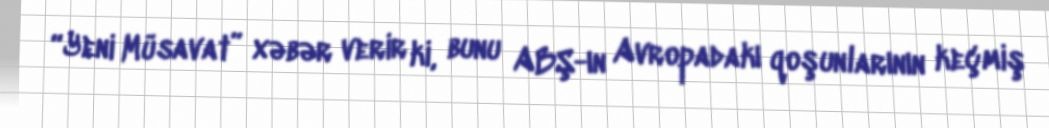
“Yeni Müsavat” xəbər verir ki, bunu ABŞ-ın Avropadakı qoşunlarının keçmiş